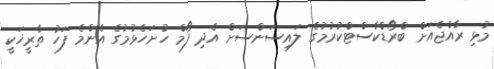
މުޅި ރާއްޖެއަށް ބްރޯޑްކާސްޓްކުރުމުގެ ލައިސަންސަށް އެދި ފޯމް ހުށަހެޅުމުގެ އެންމެ ފަހު ތާރީޚަކީ